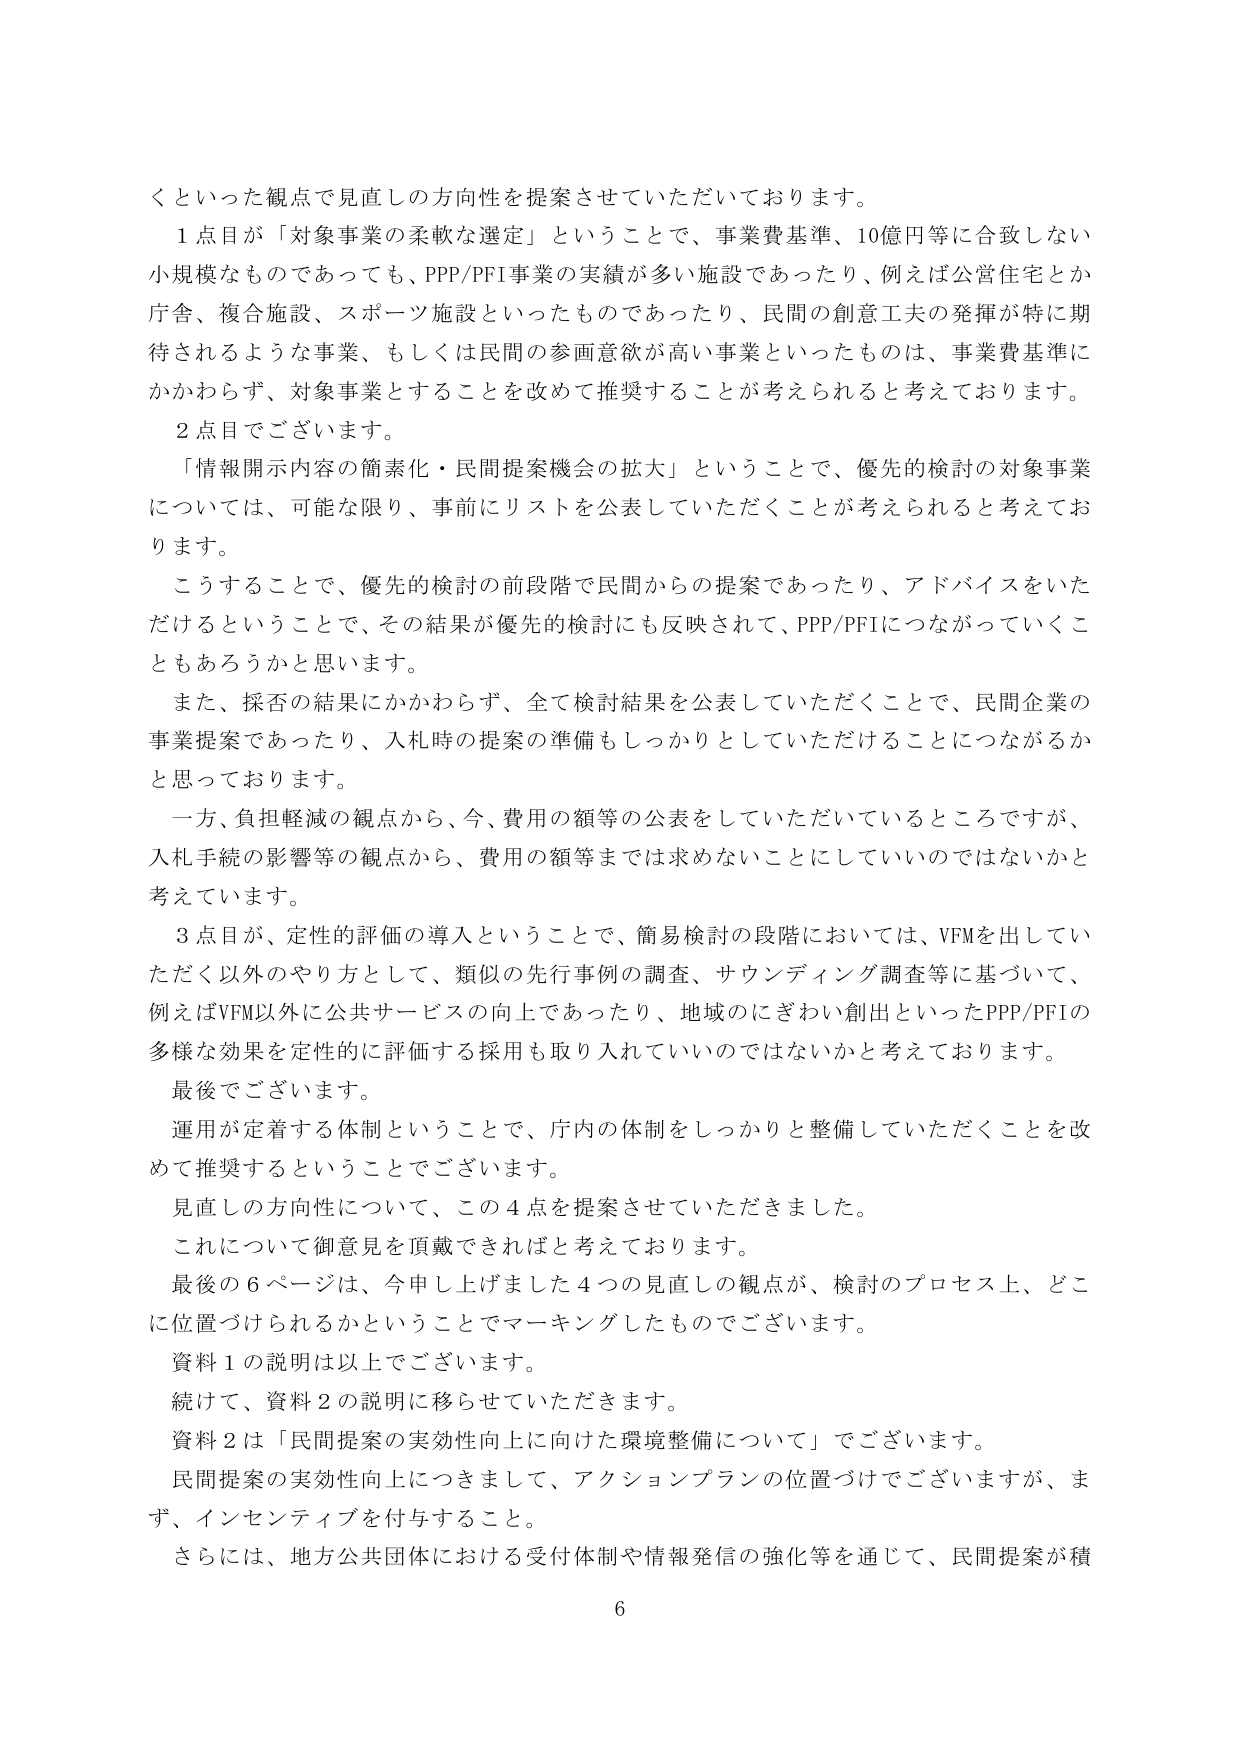
くといった観点で見直しの方向性を提案させていただいております。

１点目が「対象事業の柔軟な選定」ということで、事業費基準、10億円等に合致しない小規模なものであっても、PPP/PFI事業の実績が多い施設であったり、例えば公営住宅とか庁舎、複合施設、スポーツ施設といったものであったり、民間の創意工夫の発揮が特に期待されるような事業、もしくは民間の参画意欲が高い事業といったものは、事業費基準にかかわらず、対象事業とすることを改めて推奨することが考えられると考えております。

２点目でございます。

「情報開示内容の簡素化・民間提案機会の拡大」ということで、優先的検討の対象事業については、可能な限り、事前にリストを公表していただくことが考えられると考えております。

こうすることで、優先的検討の前段階で民間からの提案であったり、アドバイスをいただけるということで、その結果が優先的検討にも反映されて、PPP/PFIにつながっていくこともあろうかと思います。

また、採否の結果にかかわらず、全て検討結果を公表していただくことで、民間企業の事業提案であったり、入札時の提案の準備もしっかりとしていただけることにつながるかと思っております。

一方、負担軽減の観点から、今、費用の額等の公表をしていただいているところですが、入札手続の影響等の観点から、費用の額等までは求めないことにしていいのではないかと考えています。

３点目が、定性的評価の導入ということで、簡易検討の段階においては、VFMを出していただく以外のやり方として、類似の先行事例の調査、サウンディング調査等に基づいて、例えばVFM以外に公共サービスの向上であったり、地域のにぎわい創出といったPPP/PFIの多様な効果を定性的に評価する採用も取り入れていいくのではないかと考えております。

最後でございます。

運用が定着する体制ということで、庁内の体制をしっかりと整備していただくことを改めて推奨するということでございます。

見直しの方向性について、この４点を提案させていただきました。

これについて御意見を頂戴できればと考えております。

最後の６ページは、今申し上げました４つの見直しの観点が、検討のプロセス上、どこに位置づけられるかということでマーキングしたものでございます。

資料１の説明は以上でございます。

続けて、資料２の説明に移らせていただきます。

資料２は「民間提案の実効性向上に向けた環境整備について」でございます。

民間提案の実効性向上につきまして、アクションプランの位置づけでございますが、まず、インセンティブを付与すること。

さらには、地方公共団体における受付体制や情報発信の強化等を通じて、民間提案が積

6